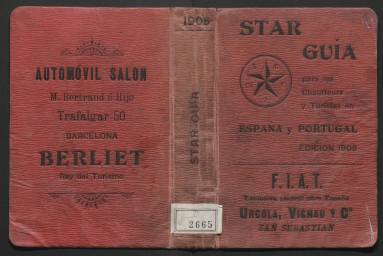
Título: Star-guía para los chauffeurs y turistas en España y Portugal
Otros títulos: Star-guía || Star guía para los chauffeurs y turistas en España y Portugal
Colección: Revistas turísticas y de viajes
Ámbito geográfico: Madrid
Lugar de publicación: Madrid
Fechas: 01/01/1907-31/12/1907